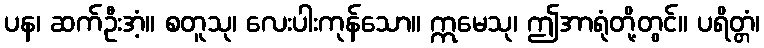
ပန၊ ဆက်ဦးအံ့။ စတူသု၊ လေးပါးကုန်သော။ ဣမေသု၊ ဤအာရုံတို့တွင်။ ပရိတ္တံ၊